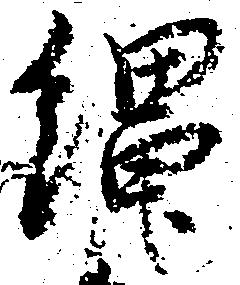
縄